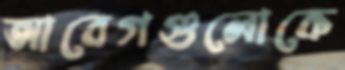
আবেগগুলোকে